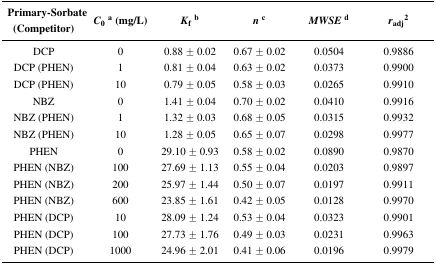
| Primary-Sorbate (Competitor) | C0a (mg/L) | Kfb | nc | MWSEd | radj2 |
 | --- | --- | --- | --- | --- | --- |
 | DCP | 0 | 0.88 ± 0.02 | 0.67 ± 0.02 | 0.0504 | 0.9886 |
 | DCP (PHEN) | 1 | 0.81 ± 0.04 | 0.63 ± 0.02 | 0.0373 | 0.9900 |
 | DCP (PHEN) | 10 | 0.79 ± 0.05 | 0.58 ± 0.03 | 0.0265 | 0.9910 |
 | NBZ | 0 | 1.41 ± 0.04 | 0.70 ± 0.02 | 0.0410 | 0.9916 |
 | NBZ (PHEN) | 1 | 1.32 ± 0.03 | 0.68 ± 0.05 | 0.0315 | 0.9932 |
 | NBZ (PHEN) | 10 | 1.28 ± 0.05 | 0.65 ± 0.07 | 0.0298 | 0.9977 |
 | PHEN | 0 | 29.10 ± 0.93 | 0.58 ± 0.02 | 0.0890 | 0.9870 |
 | PHEN (NBZ) | 100 | 27.69 ± 1.13 | 0.55 ± 0.04 | 0.0203 | 0.9897 |
 | PHEN (NBZ) | 200 | 25.97 ± 1.44 | 0.50 ± 0.07 | 0.0197 | 0.9911 |
 | PHEN (NBZ) | 600 | 23.85 ± 1.61 | 0.42 ± 0.05 | 0.0128 | 0.9970 |
 | PHEN (DCP) | 10 | 28.09 ± 1.24 | 0.53 ± 0.04 | 0.0323 | 0.9901 |
 | PHEN (DCP) | 100 | 27.73 ± 1.76 | 0.49 ± 0.03 | 0.0231 | 0.9963 |
 | PHEN (DCP) | 1000 | 24.96 ± 2.01 | 0.41 ± 0.06 | 0.0196 | 0.9979 |